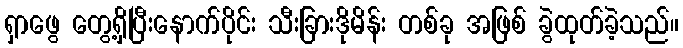
ရှာဖွေ တွေ့ရှိပြီးနောက်ပိုင်း သီးခြားဒိုမိန်း တစ်ခု အဖြစ် ခွဲထုတ်ခဲ့သည်။